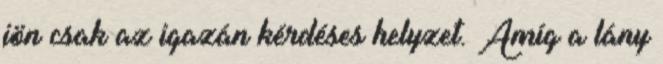
jön csak az igazán kérdéses helyzet. Amíg a lány